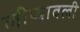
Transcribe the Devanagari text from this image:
लीप्यावली